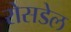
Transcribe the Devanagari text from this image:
रोसडेल